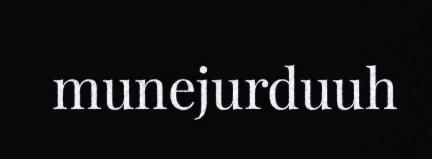
munejurduuh